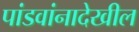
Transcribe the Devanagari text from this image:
पांडवांनादेखील